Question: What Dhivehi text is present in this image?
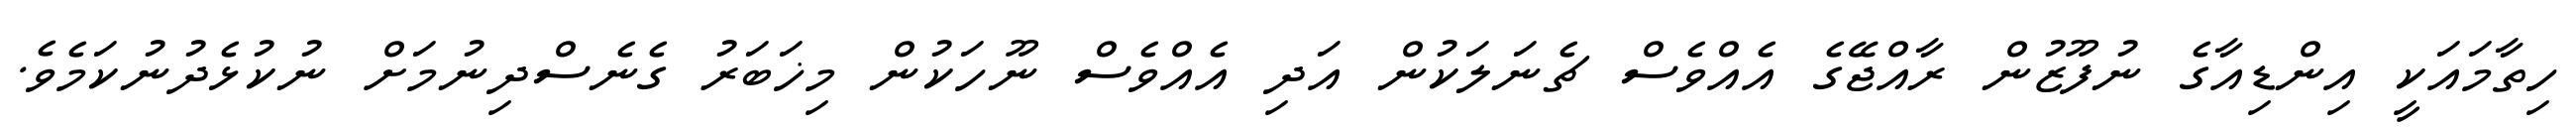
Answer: ހިތާމައަކީ އިންޑިއާގެ ނުފޫޒުން ރާއްޖޭގެ އެއްވެސް ޗެނަލަކުން އަދި އެއްވެސް ނޫހަކުން މިޚަބަރު ގެނެސްދިނުމަށް ނުކުޅެދުނުކަމެވެ.